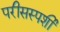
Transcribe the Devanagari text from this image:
परीसस्पर्शी